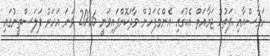
ހަމާސްއާއި ފަތުހު ޖަމާއަތް އެކުގައި އެންމެފަހުން ވާދަކޮށްފައިވަނީ 2006 ވަނަ އަހަރު ފަލަސްތީނުގައި